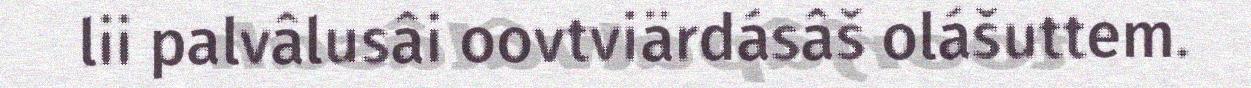
lii palvâlusâi oovtviärdásâš olášuttem.